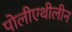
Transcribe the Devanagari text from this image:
पोलीएथीलीन